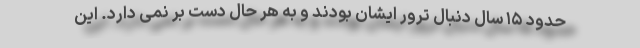
حدود ۱۵ سال دنبال ترور ایشان بودند و به هر حال دست بر نمی دارد. این